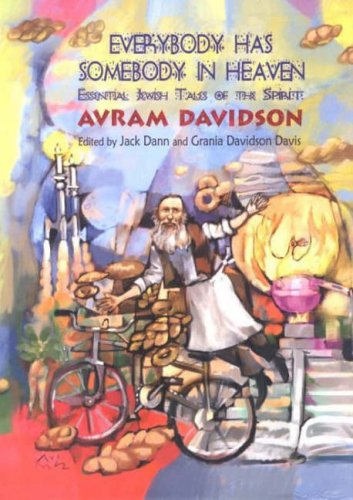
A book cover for Everybody Has Somebody in Heaven : Essential Jewish Tales of the Spirit; Avram Davidson; Religion & Spirituality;